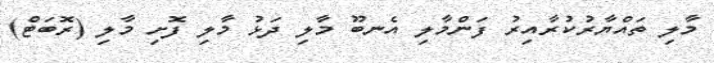
މާލި ތައްޔާރުކުރާއިރު ފަންމާލި އެނބޫ މާލި ދަޅު މާލި ފޮށި މާލި (ރޮބަޓް)